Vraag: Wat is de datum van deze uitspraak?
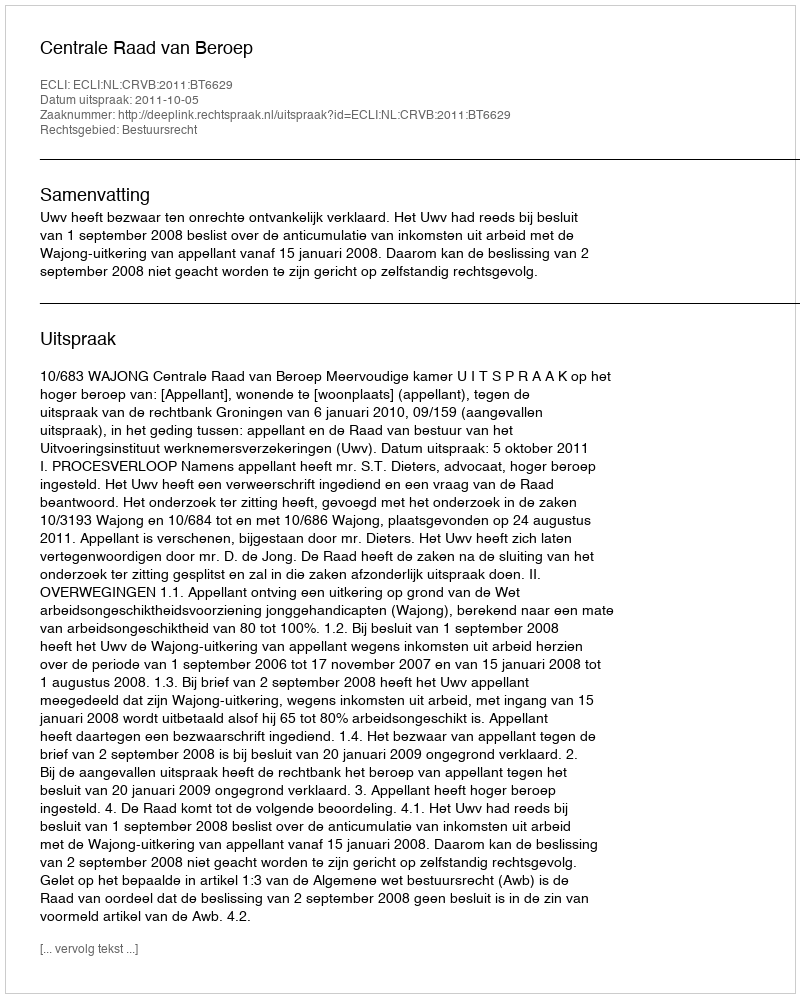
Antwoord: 2011-10-05